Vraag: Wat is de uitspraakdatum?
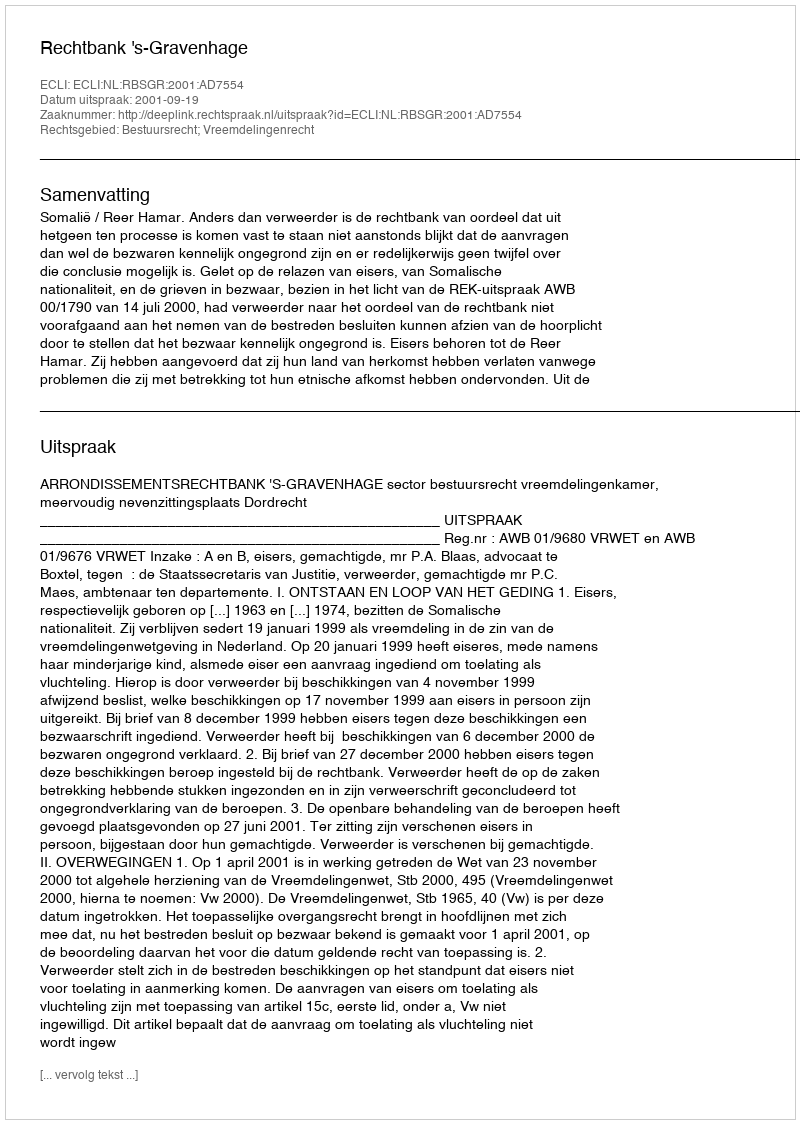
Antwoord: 2001-09-19